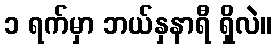
၁ ရက်မှာ ဘယ်နှနာရီ ရှိလဲ။